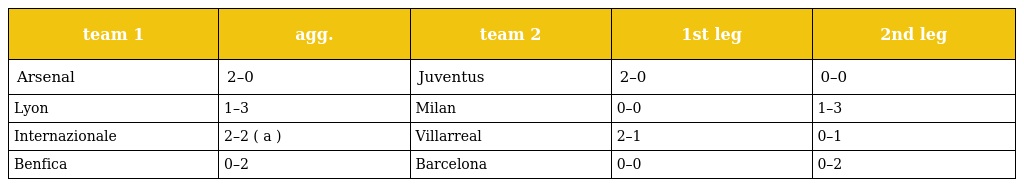
| team 1 | agg. | team 2 | 1st leg | 2nd leg |
 | --- | --- | --- | --- | --- |
 | Arsenal | 2–0 | Juventus | 2–0 | 0–0 |
 | Lyon | 1–3 | Milan | 0–0 | 1–3 |
 | Internazionale | 2–2 ( a ) | Villarreal | 2–1 | 0–1 |
 | Benfica | 0–2 | Barcelona | 0–0 | 0–2 |